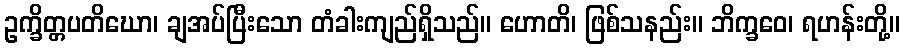
ဥက္ခိတ္တပတိဃော၊ ချအပ်ပြီးသော တံခါးကျည်ရှိသည်။ ဟောတိ၊ ဖြစ်သနည်း။ ဘိက္ခဝေ၊ ရဟန်းတို့။